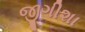
જીગીશા